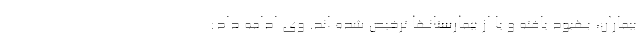
بیماران، بهبود یافته و یا از بیمارستانها ترخیص شده اند. وی ادامه داد: